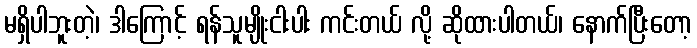
မရှိပါဘူးတဲ့၊ ဒါကြောင့် ရန်သူမျိုးငါးပါး ကင်းတယ် လို့ ဆိုထားပါတယ်၊ နောက်ပြီးတော့